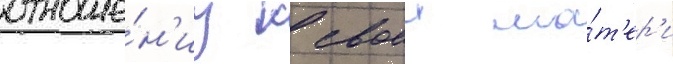
отноше́н'иу к своеи ма́т'ер'и